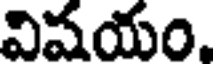
విషయం.